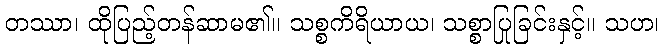
တဿာ၊ ထိုပြည့်တန်ဆာမ၏။ သစ္စကိရိယာယ၊ သစ္စာပြုခြင်းနှင့်။ သဟ၊